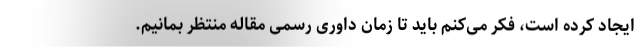
ایجاد کرده است، فکر می‌کنم باید تا زمان داوری رسمی مقاله منتظر بمانیم.